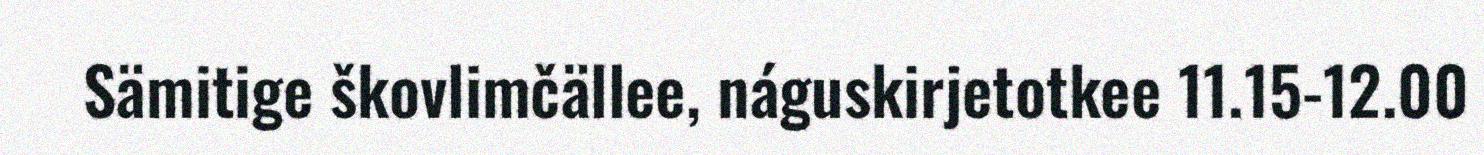
Sämitige škovlimčällee, náguskirjetotkee 11.15-12.00